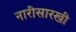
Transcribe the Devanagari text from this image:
नारीसारखी